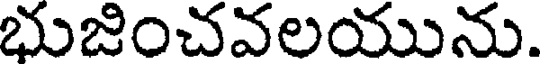
భుజించవలయును.